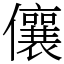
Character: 儴